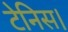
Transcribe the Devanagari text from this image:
टेनिस।